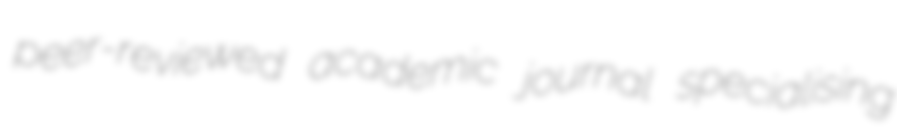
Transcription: peer-reviewed academic journal specialising